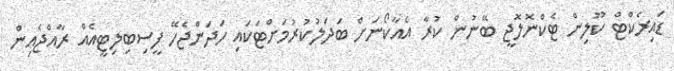
ޑައިރެކްޓް ކޫލިން ޓެކްނޮލޮޖީ ބޭނުން ކުރާ އެއާކޯނަށް ބަދަލުކުރުމަށްޓަކައި ހަދަންޖެހޭ ފީސިބިލިޓީއެއް ރާއްޖެއިން